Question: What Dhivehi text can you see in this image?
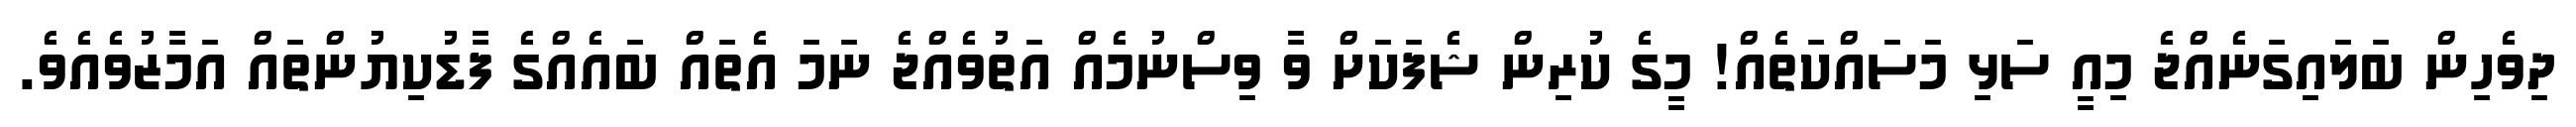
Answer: ދިވެހިން ބަލައިގަނެއްޖެ މިއީ ސަޅި މަސައްކަތެއް! މީގެ ކުރިން ޝެފަކަށް ވާ ވިސްނުމެއް އަތުވެއްޖެ ނަމަ އެތައް ބައެއްގެ ފާޑުކިޔުންތައް އަމާޒުވެއެވެ.